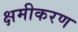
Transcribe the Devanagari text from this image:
क्षमीकरण